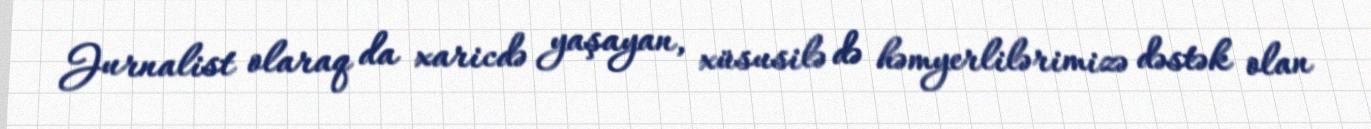
Jurnalist olaraq da xaricdə yaşayan, xüsusilə də həmyerlilərimizə dəstək olan